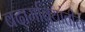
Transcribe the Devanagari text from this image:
बदामबियांतील